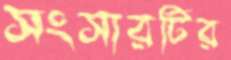
সংসারটির